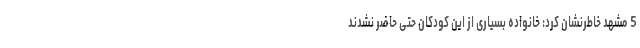
5 مشهد خاطرنشان کرد: خانواده بسیاری از این کودکان حتی حاضر نشدند